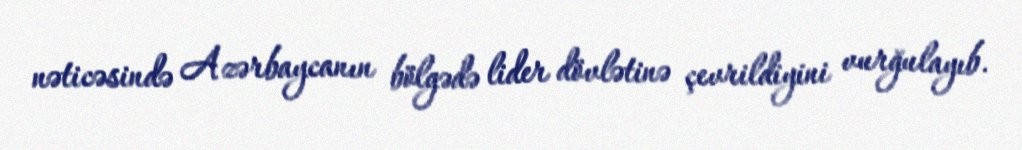
nəticəsində Azərbaycanın bölgədə lider dövlətinə çevrildiyini vurğulayıb.